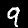
Label: 9